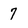
Character: 7